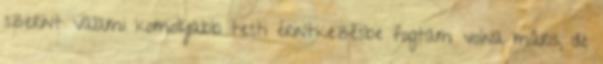
szerint valami komolyabb testi érintkezésbe fogtam volna máris, de